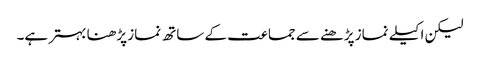
لیکن اکیلے نماز پڑھنے سے جماعت کے ساتھ نماز پڑھنا بہتر ہے۔